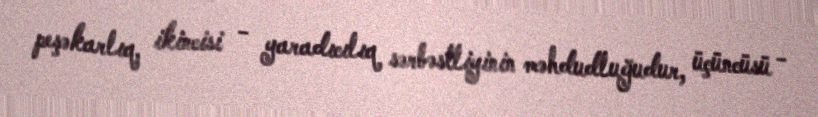
peşəkarlıq, ikincisi - yaradıcılıq sərbəstliyinin məhdudluğudur, üçüncüsü -